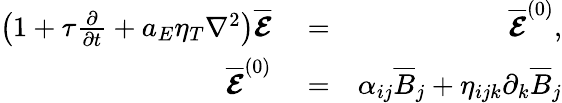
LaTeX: \begin{array}{rlr}{\left(1+\tau\frac{\partial}{\partial t}+a_{E}\eta_{T}\nabla^{2}\right)\overline{{\boldsymbol{\mathcal{E}}}}}&{{}=}&{\overline{{\boldsymbol{\mathcal{E}}}}^{(0)},}\\ {\overline{{\boldsymbol{\mathcal{E}}}}^{(0)}}&{{}=}&{\alpha_{ij}\overline{{B}}_{j}+\eta_{ijk}\partial_{k}\overline{{B}}_{j}}\end{array}